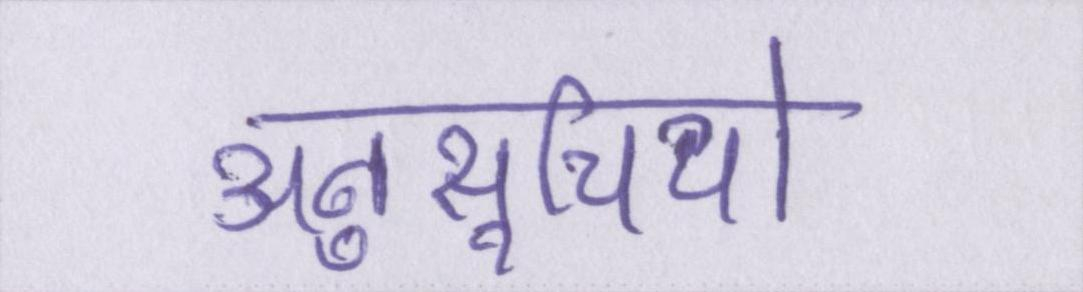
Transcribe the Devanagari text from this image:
अनुसूचियों